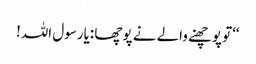
‘‘تو پوچھنے والے نے پوچھا :یارسول اللہ!